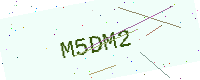
Text: M5DM2